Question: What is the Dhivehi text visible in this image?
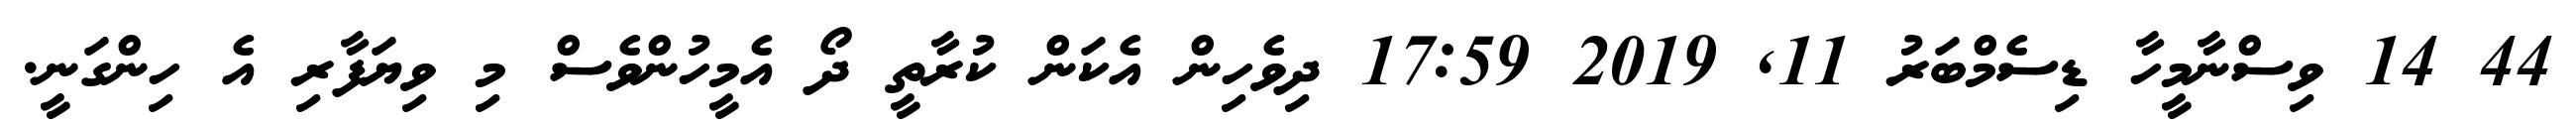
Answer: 44 14 ވިސްނާމީހާ ޑިސެމްބަރު 11, 2019 17:59 ދިވެހިން އެކަން ކުރާތީ ދޯ އެމީހުންވެސް މި ވިޔަފާރި އެ ހިންގަނީ.